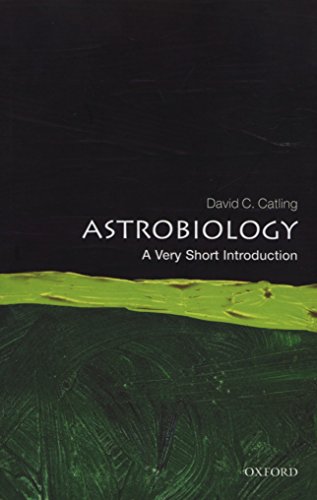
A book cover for Astrobiology: A Very Short Introduction (Very Short Introductions); David C. Catling; Science & Math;